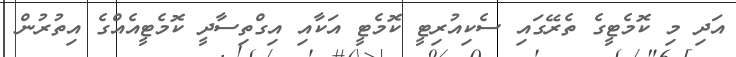
އަދި މި ކޮމެޓީގެ ތެރޭގައި ސެކިއުރިޓީ ކޮމެޓީ އަކާއި އިގްތިސާދީ ކޮމެޓީއެއްގެ އިތުރުން